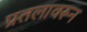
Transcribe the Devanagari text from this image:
प्रतलावरून